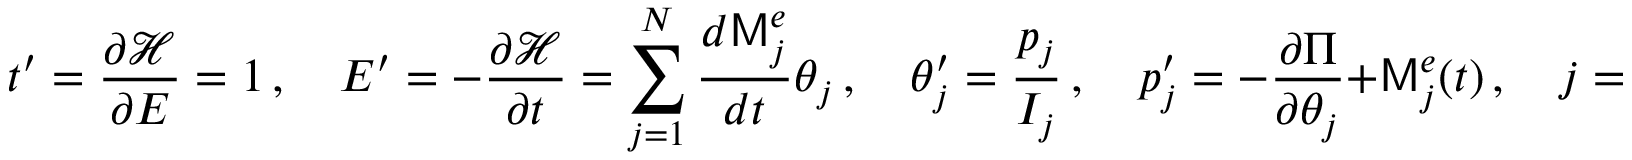
t ^ { \prime } = \frac { \partial \mathcal { H } } { \partial E } = 1 \, , \quad E ^ { \prime } = - \frac { \partial \mathcal { H } } { \partial t } = \sum _ { j = 1 } ^ { N } \frac { d \mathsf { M } _ { j } ^ { e } } { d t } \theta _ { j } \, , \quad \theta _ { j } ^ { \prime } = \frac { p _ { j } } { I _ { j } } \, , \quad p _ { j } ^ { \prime } = - \frac { \partial \Pi } { \partial \theta _ { j } } + \mathsf { M } _ { j } ^ { e } ( t ) \, , \quad j = 1 , \hdots N \, .